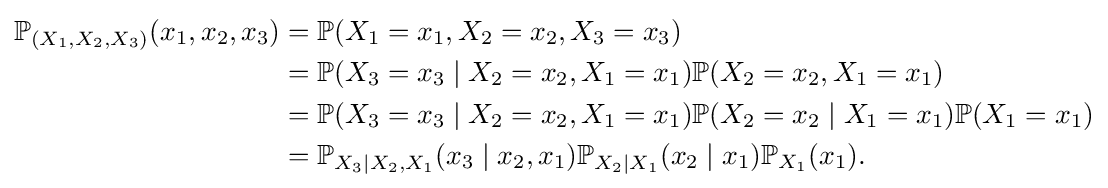
{\begin{aligned}\mathbb {P} _{(X_{1},X_{2},X_{3})}(x_{1},x_{2},x_{3})&=\mathbb {P} (X_{1}=x_{1},X_{2}=x_{2},X_{3}=x_{3})\\&=\mathbb {P} (X_{3}=x_{3}\mid X_{2}=x_{2},X_{1}=x_{1})\mathbb {P} (X_{2}=x_{2},X_{1}=x_{1})\\&=\mathbb {P} (X_{3}=x_{3}\mid X_{2}=x_{2},X_{1}=x_{1})\mathbb {P} (X_{2}=x_{2}\mid X_{1}=x_{1})\mathbb {P} (X_{1}=x_{1})\\&=\mathbb {P} _{X_{3}\mid X_{2},X_{1}}(x_{3}\mid x_{2},x_{1})\mathbb {P} _{X_{2}\mid X_{1}}(x_{2}\mid x_{1})\mathbb {P} _{X_{1}}(x_{1}).\end{aligned}}